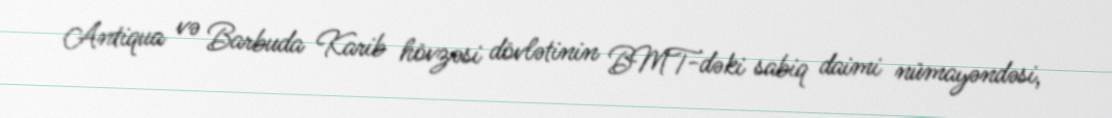
Antiqua və Barbuda Karib hövzəsi dövlətinin BMT-dəki sabiq daimi nümayəndəsi,